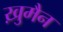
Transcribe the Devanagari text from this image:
ख़ुमैन